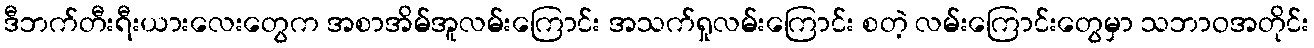
ဒီဘက်တီးရီးယားလေးတွေက အစာအိမ်အူလမ်းကြောင်း အသက်ရှုလမ်းကြောင်း စတဲ့ လမ်းကြောင်းတွေမှာ သဘာဝအတိုင်း